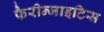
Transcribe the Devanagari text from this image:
फैरीन्जाइटिस